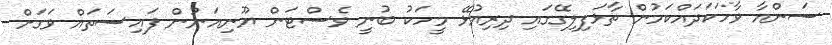
ސަންއާ ވާހަކަދައްކަމުން ތާޅަފިލިގޭގައި ދިރިއުޅޭ މީހަކު ބުނީ ވެސްޓަން ޔޫނިއަނުން ފައިސަތައް ވަގަށް